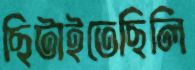
ছিটাইতেছিলি